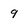
Character: 9